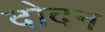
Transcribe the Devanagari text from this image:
दोदन